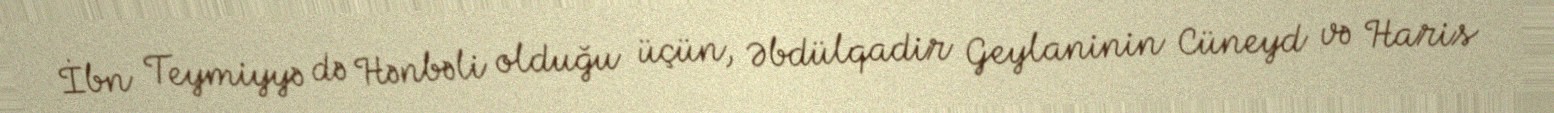
İbn Teymiyyə də Hənbəli olduğu üçün, Əbdülqadir Geylaninin Cüneyd və Haris